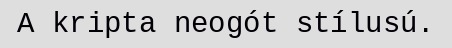
A kripta neogót stílusú.